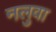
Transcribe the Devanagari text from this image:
नलुवा